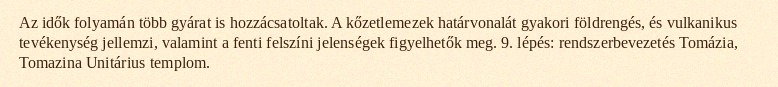
Az idők folyamán több gyárat is hozzácsatoltak. A kőzetlemezek határvonalát gyakori földrengés, és vulkanikus tevékenység jellemzi, valamint a fenti felszíni jelenségek figyelhetők meg. 9. lépés: rendszerbevezetés Tomázia, Tomazina Unitárius templom.